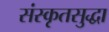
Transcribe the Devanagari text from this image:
संस्कृतसुद्धा